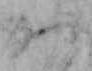
か